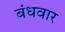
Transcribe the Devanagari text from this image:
बंधवार